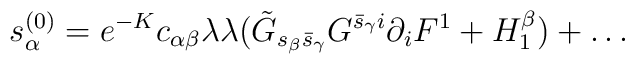
s_{\alpha}^{(0)}=e^{-K}c_{\alpha\beta}\lambda\lambda(\tilde{G}_{s_{\beta}\bar{s}_{\gamma}}G^{\bar{s}_{\gamma}i}\partial_iF^1+H_1^{\beta}) +\dots